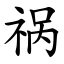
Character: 祸